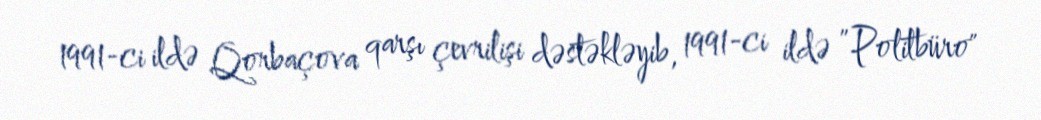
1991-ci ildə Qorbaçova qarşı çevrilişi dəstəkləyib, 1991-ci ildə ”Politbüro"